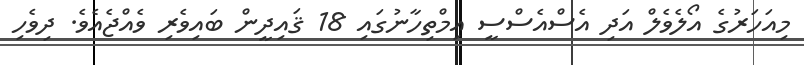
މިއަހަރުގެ އޯލެވެލް އަދި އެސްއެސްސީ އިމްތިހާނުގައި 18 ޤައިދީން ބައިވެރި ވެއްޖެއެވެ. ދިވެހި